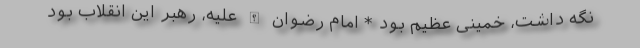
نگه داشت، خمینی عظیم بود * امام رضوان الله علیه، رهبر این انقلاب بود